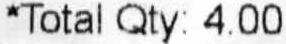
*TOTAL QTY: 4.00